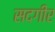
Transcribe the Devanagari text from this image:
सदगीर